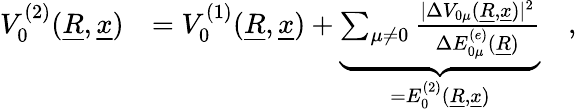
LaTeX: \begin{array}{rl}{V_{0}^{(2)}(\underline{{R}},\underline{{x}})}&{=V_{0}^{(1)}(\underline{{R}},\underline{{x}})+\underbrace{\sum_{\mu\neq 0}\frac{\vert\Delta V_{0\mu}(\underline{{R}},\underline{{x}})\vert^{2}}{\Delta E_{0\mu}^{(e)}(\underline{{R}})}}_{=E_{0}^{(2)}(\underline{{R}},\underline{{x}})}\quad,}\end{array}